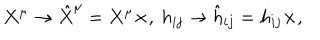
{ } X ^ { \mu } \rightarrow \hat { X } ^ { \mu } = X ^ { \mu } \times , \ h _ { i j } \rightarrow \hat { h } _ { i j } = h _ { i j } \times ,